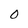
Character: O